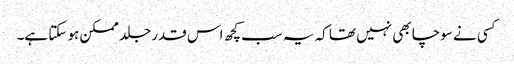
کسی نے سوچا بھی نہیں تھا کہ یہ سب کچھ اس قدر جلد ممکن ہو سکتا ہے۔